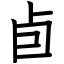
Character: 卣